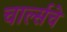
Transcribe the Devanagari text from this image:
चार्ल्सचे